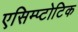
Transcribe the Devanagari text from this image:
एसिम्प्टोटिक